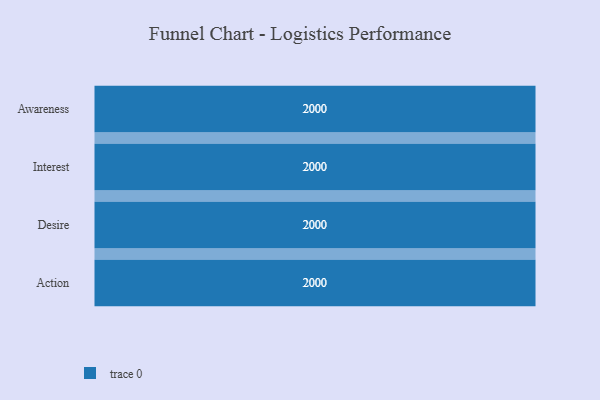
{"axis": {"x": "Stage", "y": "Value"}, "legend": [""], "data": [{"x": "Awareness", "y": 2000, "type": ""}, {"x": "Interest", "y": 2000, "type": ""}, {"x": "Desire", "y": 2000, "type": ""}, {"x": "Action", "y": 2000, "type": ""}]}